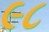
૯૮